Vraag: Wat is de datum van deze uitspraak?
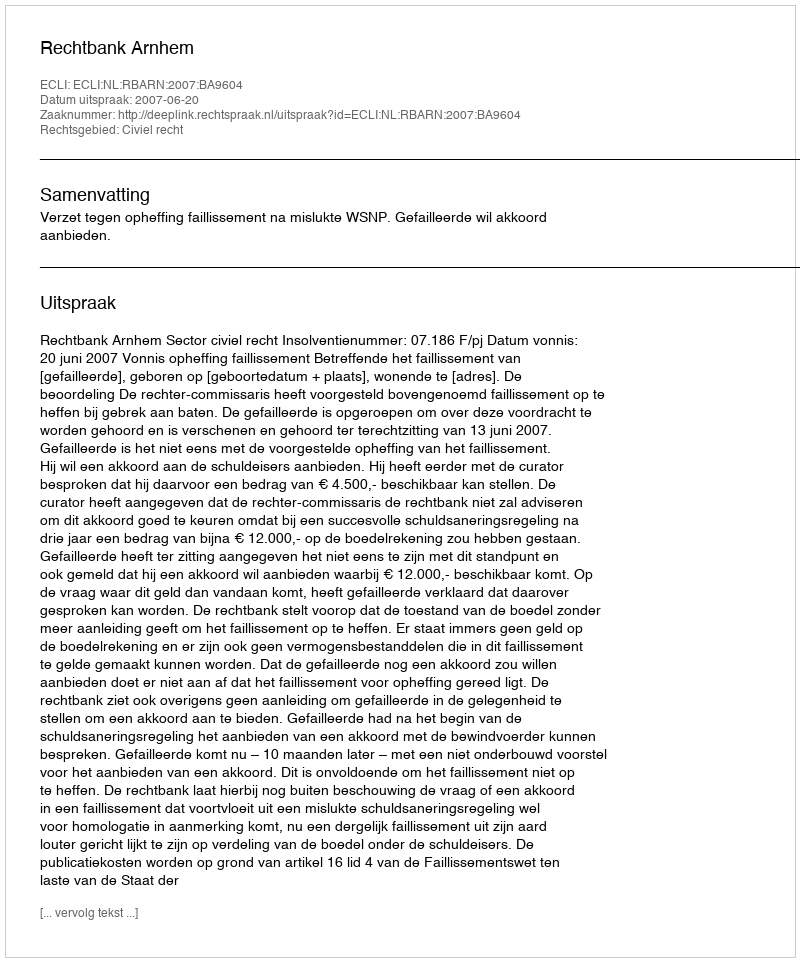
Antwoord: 2007-06-20